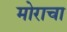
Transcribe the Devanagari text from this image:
मोराचा